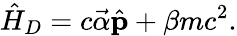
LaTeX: \hat{H}_{D}=c\vec{\alpha}\hat{\mathbf p}+\beta mc^{2}.